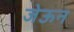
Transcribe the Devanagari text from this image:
जेऊन